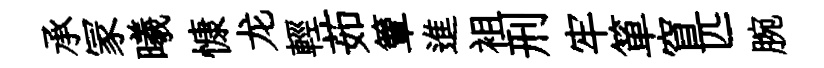
承冡曦慷龙輕茹簟進袓刑牢箪窅匹腕